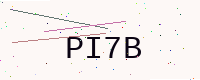
Text: PI7B